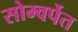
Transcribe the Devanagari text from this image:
सोम्वर्पेत